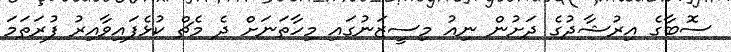
ސޮބާގެ އިރުޝާދުގެ ދަށުން ނިއު މިސީޒަނުގައި މިހާތަނަށް ދެ މެޗް ކުޅެފައިވާއިރު ފުރަތަމަ